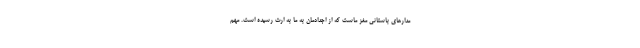
مدارهای باستانی مغز ماست که از اجدادمان به ما به ارث رسیده است. مهم